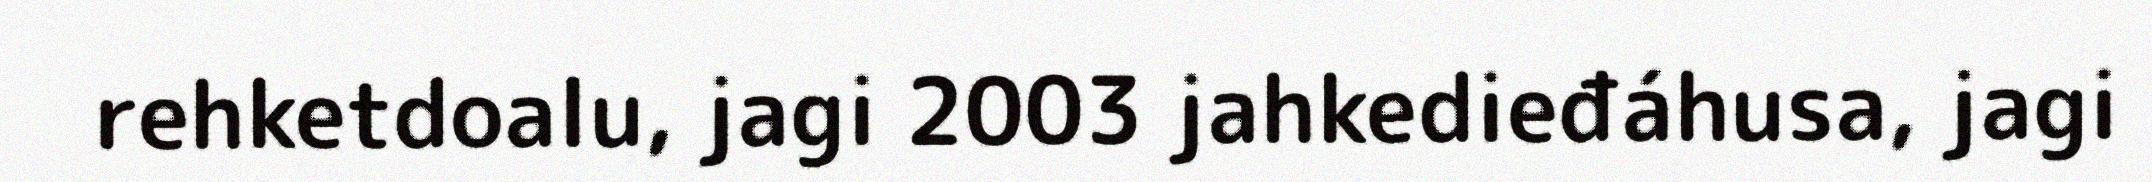
rehketdoalu, jagi 2003 jahkedieđáhusa, jagi